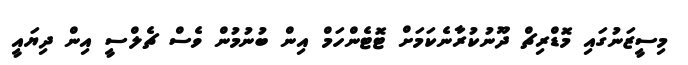
މިސީޒަނުގައި މޮޑްރިޗް ދޫނުކުރާނެކަމަށް ޓޮޓެންހަމް އިން ބުނުމުން ވެސް ޗެލްސީ އިން ދިޔައީ